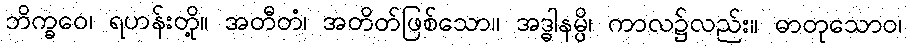
ဘိက္ခဝေ၊ ရဟန်းတို့။ အတီတံ၊ အတိတ်ဖြစ်သော။ အဒ္ဓါနမ္ပိ၊ ကာလ၌လည်း။ ဓာတုသောဝ၊